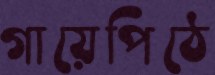
গায়েপিঠে